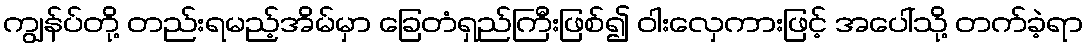
ကျွန်ပ်တို့ တည်းရမည့်အိမ်မှာ ခြေတံရှည်ကြီးဖြစ်၍ ဝါးလှေကားဖြင့် အပေါ်သို့ တက်ခဲ့ရာ